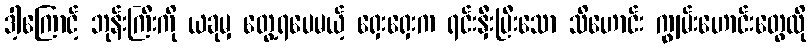
ဒါ့ကြောင့် ဘုန်းကြီးကို ယခုမှ တွေ့ရပေမယ့် ရှေးရှေးက ရင်းနှီးပြီးသော သိဟောင်း ကျွမ်းဟောင်းတွေလို